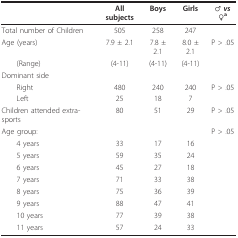
|  | All subjects | Boys | Girls | ♂ vs ♀a |
 | --- | --- | --- | --- | --- |
 | Total number of Children | 505 | 258 | 247 |  |
 | Age (years) | 7.9 ± 2.1 | 7.8 ± 2.1 | 8.0 ± 2.1 | P > .05 |
 | (Range) | (4-11) | (4-11) | (4-11) |  |
 | Dominant side |  |  |  |  |
 | Right | 480 | 240 | 240 | P > .05 |
 | Left | 25 | 18 | 7 |  |
 | Children attended extra-sports | 80 | 51 | 29 | P > .05 |
 | Age group: |  |  |  | P > .05 |
 | 4 years | 33 | 17 | 16 |  |
 | 5 years | 59 | 35 | 24 |  |
 | 6 years | 45 | 27 | 18 |  |
 | 7 years | 71 | 33 | 38 |  |
 | 8 years | 75 | 36 | 39 |  |
 | 9 years | 88 | 47 | 41 |  |
 | 10 years | 77 | 39 | 38 |  |
 | 11 years | 57 | 24 | 33 |  |